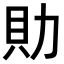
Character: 𧴧